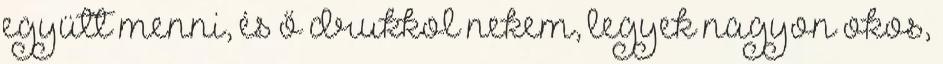
együtt menni, és ő drukkol nekem, legyek nagyon okos,